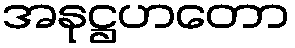
အနုဋ္ဌဟတော